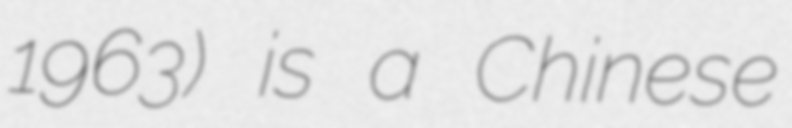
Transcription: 1963) is a Chinese